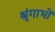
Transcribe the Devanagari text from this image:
श्रृंगाभों